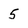
Character: 5